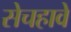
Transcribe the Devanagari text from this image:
सेचहावे